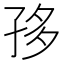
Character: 𡥥